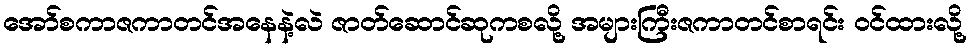
အော်စကာဇကာတင်အနေနဲ့လဲ ဇာတ်ဆောင်ဆုကစလို့ အများကြီးဇကာတင်စာရင်း ဝင်ထားလို့